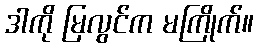
ဒါကို မြလွင်က မကြိုက်။